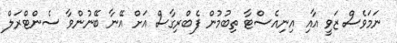
ނަމަވެސް ޒަވީ އާއި އިނިއެސްޓާ ތިބުމުން ފެބްރިގާސް އަށް އޭނާ ބޭނުންވާ ސެންޓްރަލް